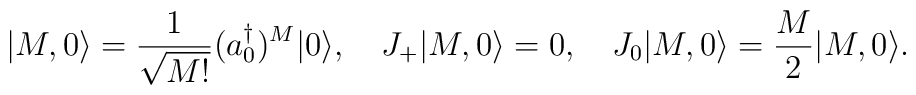
|M,0\rangle={1\over\sqrt{M!}}(a_0^\dagger)^M|0\rangle,\quad     J_+|M,0\rangle=0,\quad J_0|M,0\rangle={M\over2}|M,0\rangle.